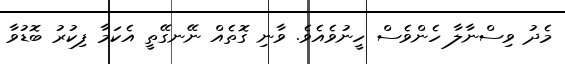
މެދު ވިސްނާލާ ހެންވެސް ހީނުވެއެވެ. ވާނި ގޮތެއް ނޭނގޭތީ އެކަމާ ފިކުރު ބޮޑުވާ